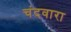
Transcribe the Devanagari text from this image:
चंदवारा